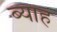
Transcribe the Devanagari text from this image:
ब्‍याह